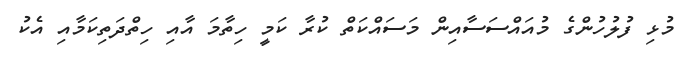
މުޅި ފުލުހުންގެ މުއައްސަސާއިން މަސައްކަތް ކުރާ ކަމީ ހިތާމަ އާއި ހިތްދަތިކަމާއި އެކު